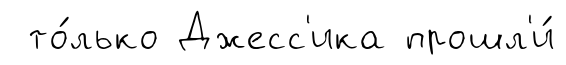
то́лько Джесс'ика прошл'и́